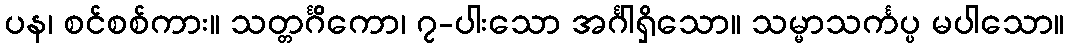
ပန၊ စင်စစ်ကား။ သတ္တင်္ဂိကော၊ ၇-ပါးသော အင်္ဂါရှိသော။ သမ္မာသင်္ကပ္ပ မပါသော။